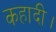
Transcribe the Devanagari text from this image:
कहादी।